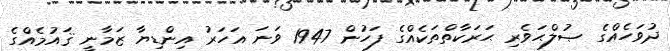
ދުވަހެއްގެ ޞުލްޙަވެރި ޙަރަކާތްތަކެއްގެ ފަހުން 1947 ވަނަ އަހަރު އިންޑިޔާ ޒަމާނީ ޤައުމެއްގެ